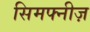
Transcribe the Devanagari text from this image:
सिमफ्नीज़